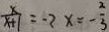
\frac { x } { x + 1 } = - 2 x = - \frac { 2 } { 3 }